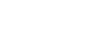
ကိုင်စွဲပြီး